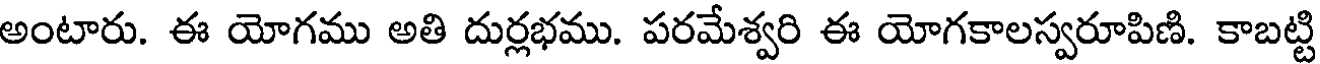
అంటారు. ఈ యోగము అతి దుర్లభము. పరమేశ్వరి ఈ యోగకాలస్వరూపిణి. కాబట్టి